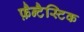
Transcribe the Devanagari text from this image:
फ़ैन्टैस्टिक